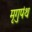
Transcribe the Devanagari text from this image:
मृगुपंथ